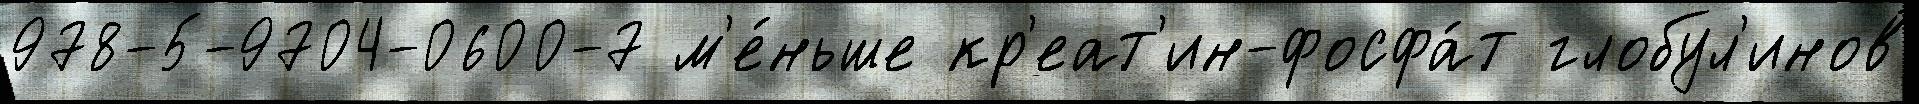
978-5-9704-0600-7 м'е́ньше кр'еат'ин-фосфа́т глобул'инов